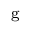
^ { \mathrm { g } }